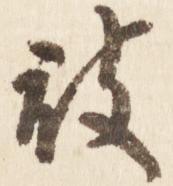
被